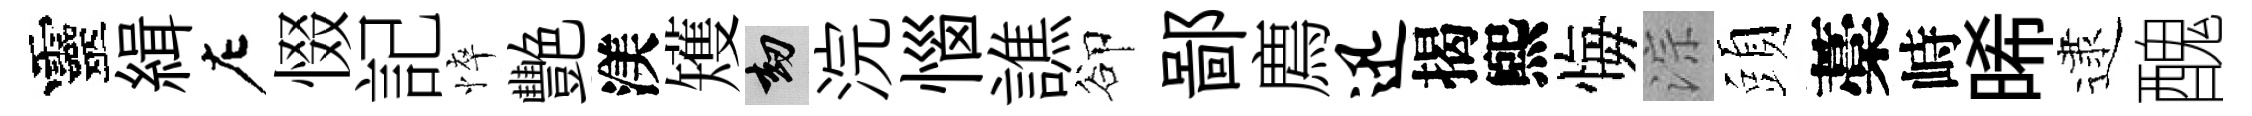
靈緝左惙記悴艷渼矱劫浣惱譙卻鄙廌迅揭煕悔淙頭藁峙晞逮醜